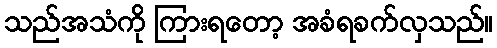
သည်အသံကို ကြားရတော့ အခံရခက်လှသည်။